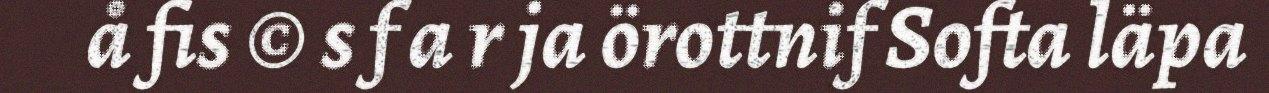
å fis © s f a r ja örottnif Softa läpa